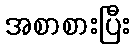
အစာစားပြီး